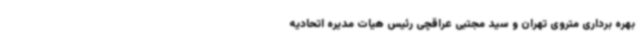
بهره برداری متروی تهران و سید مجتبی عراقچی رئیس هیات مدیره اتحادیه